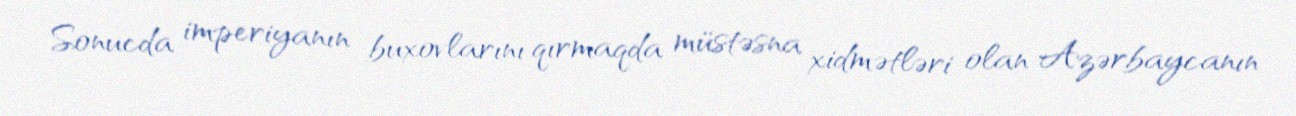
Sonucda imperiyanın buxovlarını qırmaqda müstəsna xidmətləri olan Azərbaycanın